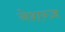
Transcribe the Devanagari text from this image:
नेशन्ज़